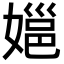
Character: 㜉